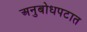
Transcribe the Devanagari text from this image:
अनुबोधपटात